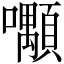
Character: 𡅑